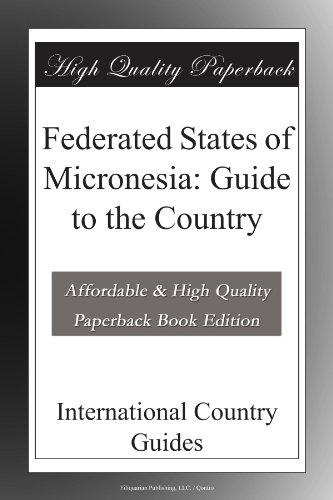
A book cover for Federated States of Micronesia: Guide to the Country; International Country Guides; Travel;